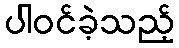
ပါဝင်ခဲ့သည့်